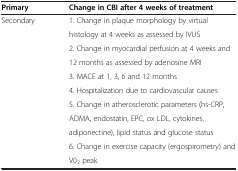
| Primary | Change in CBI after 4 weeks of treatment |
 | --- | --- |
 | Secondary | 1. Change in plaque morphology by virtual |
 |  | histology at 4 weeks as assessed by IVUS |
 |  | 2. Change in myocardial perfusion at 4 weeks and |
 |  | 12 months as assessed by adenosine MRI |
 |  | 3. MACE at 1, 3, 6 and 12 months |
 |  | 4. Hospitalization due to cardiovascular causes |
 |  | 5. Change in atherosclerotic parameters (hs-CRP, |
 |  | ADMA, endostatin, EPC, ox LDL, cytokines, |
 |  | adiponectine), lipid status and glucose status |
 |  | 6. Change in exercise capacity (ergospirometry) and |
 |  | V02 peak |